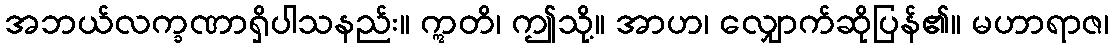
အဘယ်လက္ခဏာရှိပါသနည်း။ ဣတိ၊ ဤသို့။ အာဟ၊ လျှောက်ဆိုပြန်၏။ မဟာရာဇ၊